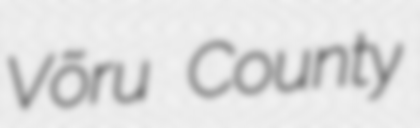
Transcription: Võru County